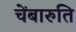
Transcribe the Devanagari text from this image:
चेंबारुति